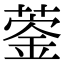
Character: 𦹦